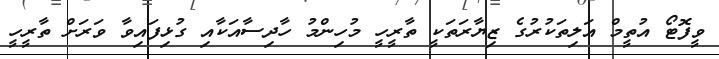
ވީފޮޓޯ އުތީމް އަލިތަކުރުގެ ޒިޔާރަތަކީ ތާރީހީ މުހިންމު ހާދިސާއަކާއި ގުޅިފައިވާ ވަރަށް ތާރީހީ